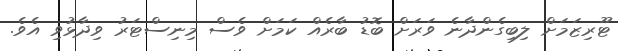
ޓޫރިޒަމަށް ލިބިގެންދާނެ ވަރަށް ބޮޑު ބާރެއް ކަމަށް ވެސް މިނިސްޓަރު ވިދާޅުވި އެވެ.